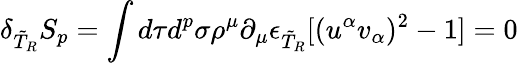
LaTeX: \delta_{\tilde{T}_{R}}S_{p}=\int d\tau d^{p}\sigma\rho^{\mu}\partial_{\mu}\epsilon_{\tilde{T}_{R}}[(u^{\alpha}v_{\alpha})^{2}-1]=0